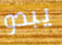
يبدو